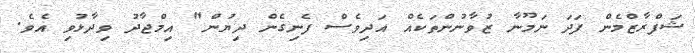
ޝަފްރާޒްމެން ފަދަ ނަމޫނާ ޒުވާނުންތަކެއް އަދިވެސް ފެނިގެން ދިޔުން" އިމްޖާދު ވިދާޅުވި އެވެ.